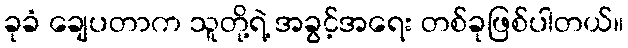
ခုခံ ချေပတာက သူတို့ရဲ့ အခွင့်အရေး တစ်ခုဖြစ်ပါတယ်။